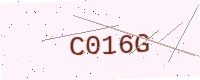
Text: C016G